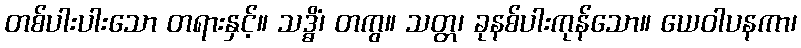
တစ်ပါးပါးသော တရားနှင့်။ သဒ္ဓိံ၊ တကွ။ သတ္တ၊ ခုနစ်ပါးကုန်သော။ ယေဝါပနကာ၊